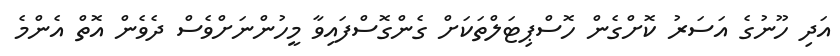
އަދި ހޫނުގެ އަސަރު ކޮށްގެން ހޮސްޕިޓަލްތަކަށް ގެންގޮސްފައިވާ މީހުންނަށްވެސް ދެވެން އޮތް އެންމެ